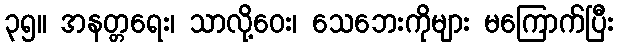
၃၅။ အနတ္တရေး၊ သာလို့ဝေး၊ သေဘေးကိုများ မကြောက်ပြီး